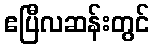
ဧပြီလဆန်းတွင်